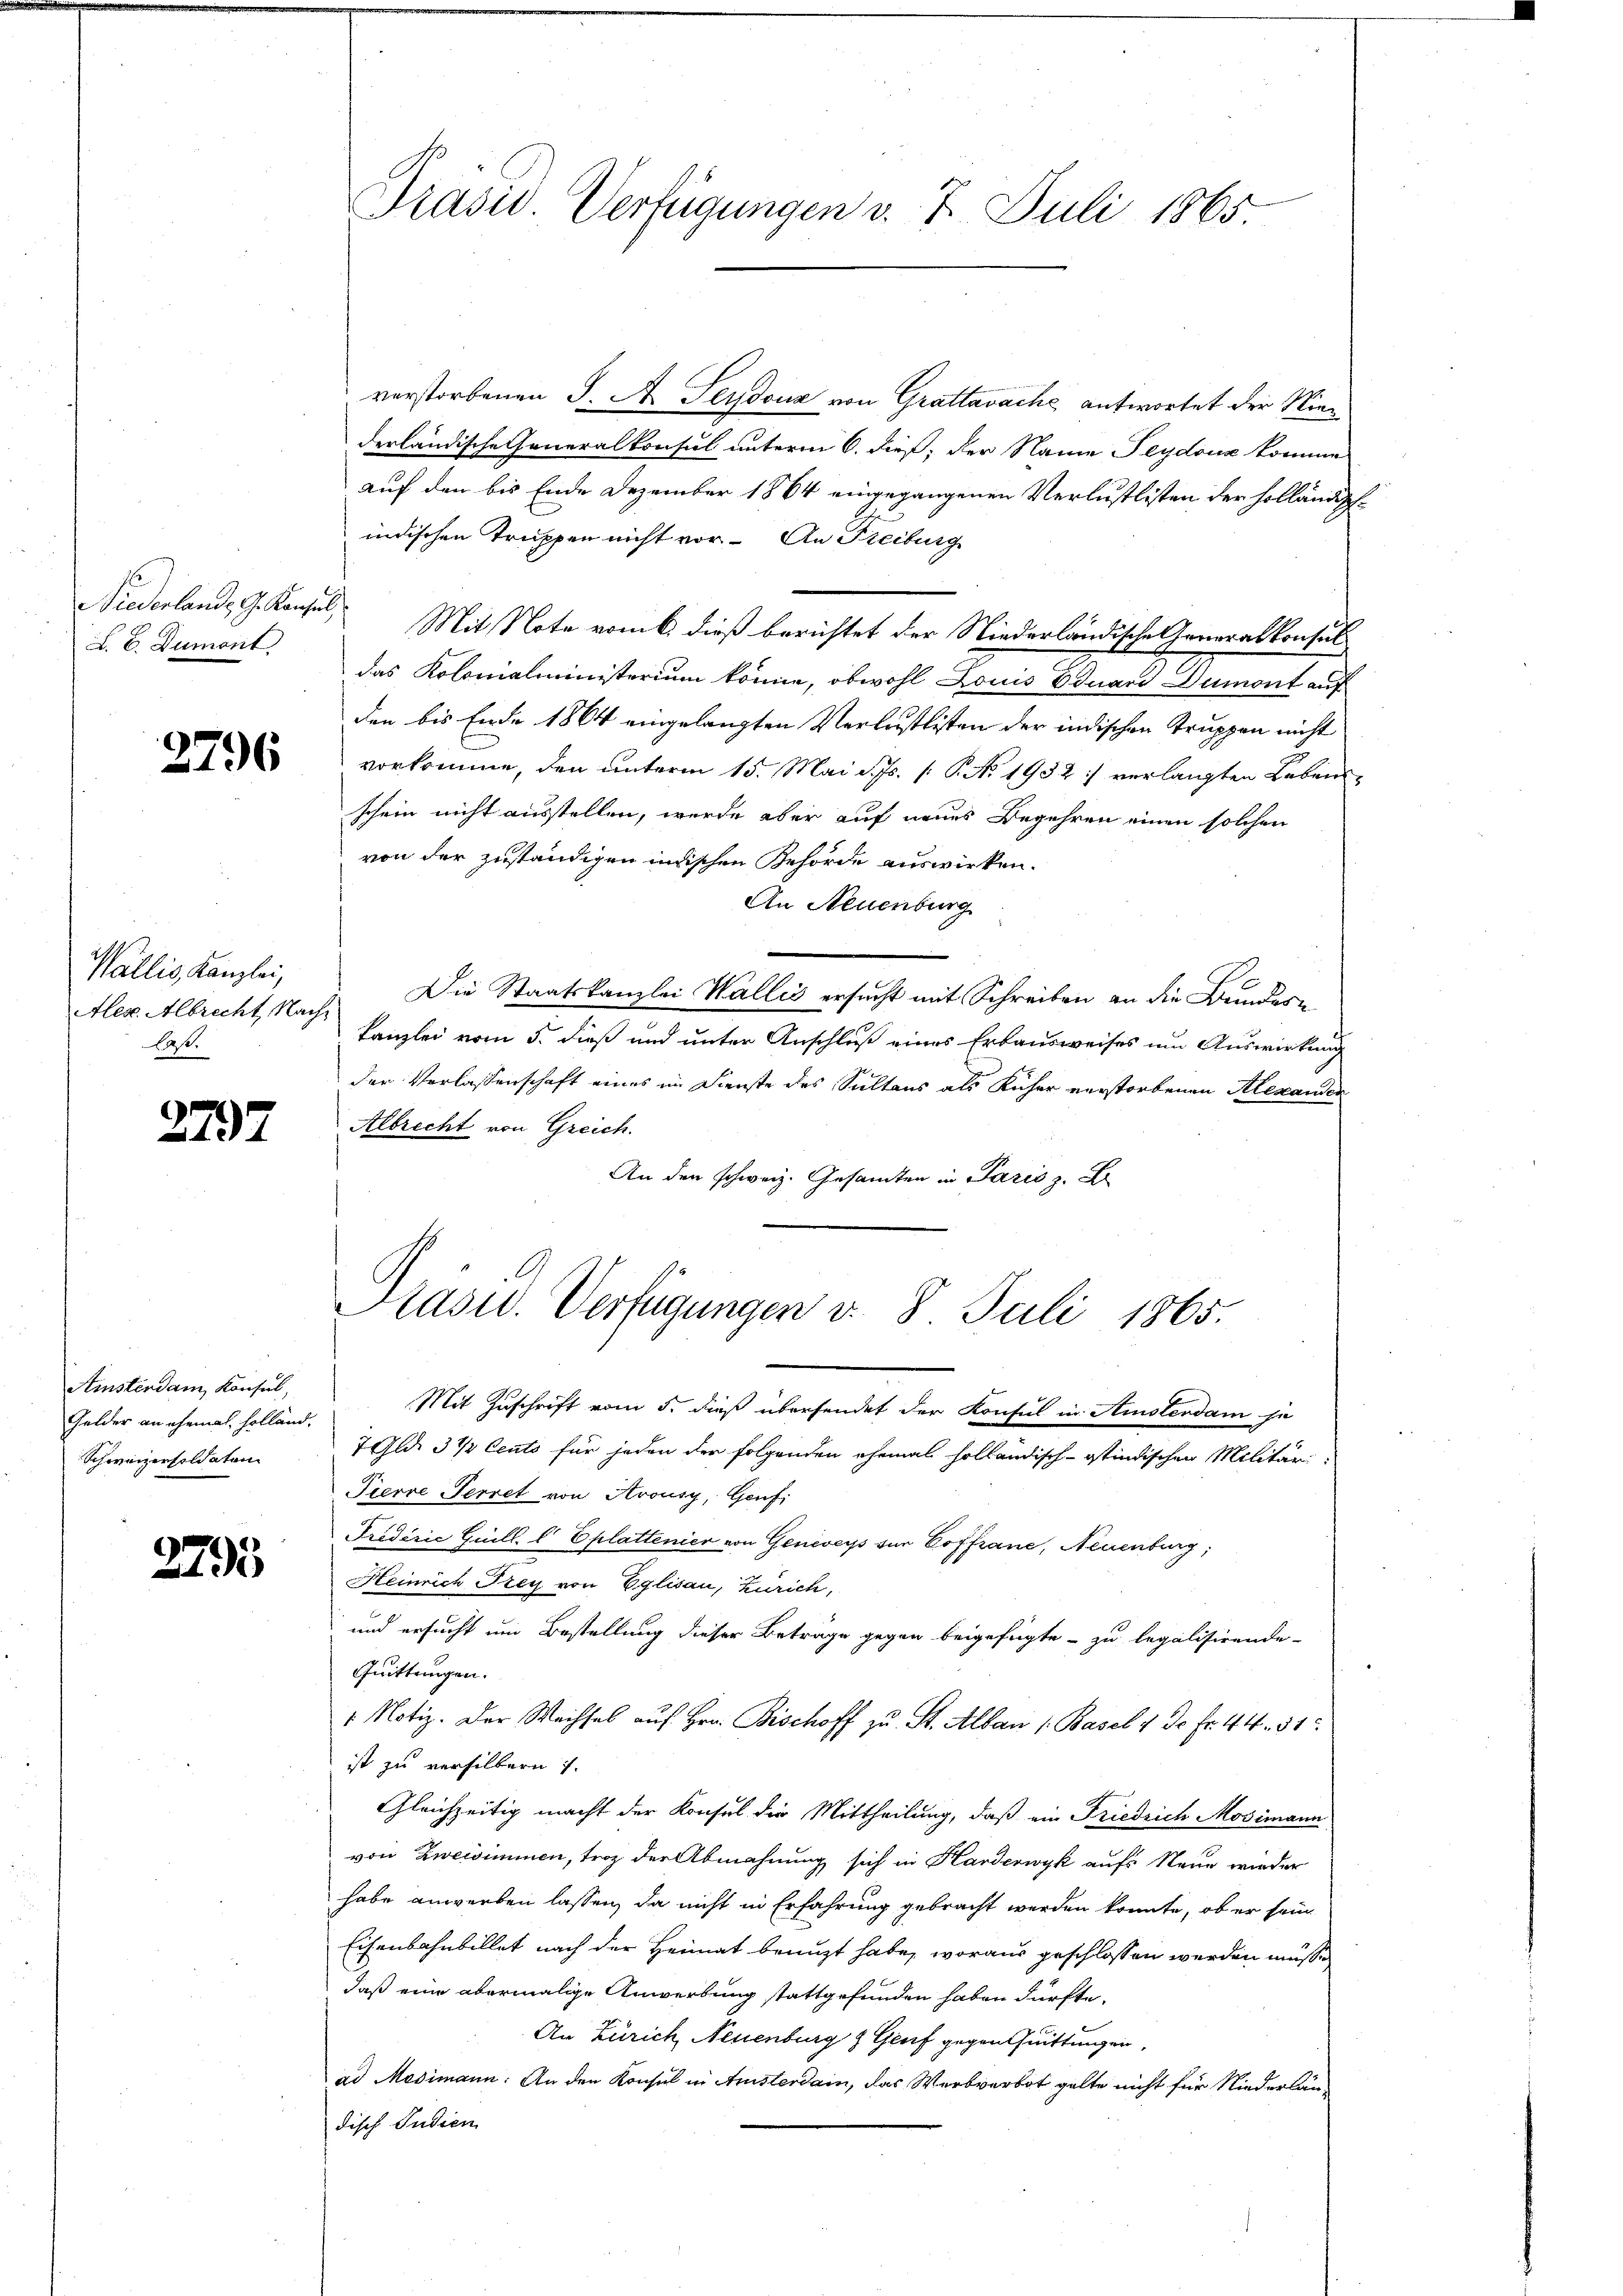
Niederlande G. Konsel
L. B. Dumont.

2796

Wallis, Kanzlei,
Aler. Albrecht, Nachlas.

2797

Amsterdam Konsul,
Gelder an ehemal, holland,
Schweizersoldaten

2795

verstorbenen S. A. Leydouz von Grattavache antwortet der Niederländische Generalkonsul unterm 6. dieß, der Name Leydouz komme
auf den bis Ende Dezember 1864 eingegangenen Verlustlisten der Holländigindischen Truppen nicht vor. An Freiburg
Mit Note vom 6. dieß berichtet der Niederländische Generalkonsuldas Kolonialministerium könne, obwohl Louis Eduard Dumont auf
den bis Ende 1864 eingelangten Verlustlisten der indischen Truppen nicht
vorkomme, den unterm 15. Mai d. Js. 1. No. 1932 :/ verlangten Lebensschein nicht ausstellen, werde aber auf neues Begehren einen solchen
von der zuständigen indischen Gehörde auswirken.
An Neuenburg
Die Staatskanzlei Wallis ersucht mit Schreiben an die Bundeskanzlei vom 5. dieß und unter Anschluß eines Erbausweises um Auswirkung
der Verlassenschaft eines im Dienste des Sultans als Kücher verstorbenen Alexander
Albrecht von Greich.
An den schweiz. Gesamten in Paris z. B
Präsid. Verfügungen d. 8. Juli 1865.
Mit Zuschrift vom 5. dieß übersendet der Konsul in Amsterdam sie
7 Gld. 3 ½ Cento für jeden der folgenden ehemals holländisch-Ostindischen Militär
Pierre Terret von Avousy, Genfi
Fredérić Gull. C Eplattenier von Genever von Coffrane, Neuenburg,
Heinrich Frey von Eglisau, Zürich,
und ersucht um Bestellung dieser Betrage gegen beigefügte - zu legalisirende
Quittungen.
1 Notiz. Der Wachsel auf Hrn. Bischoff zu St. Alban 1. Basel v. de fr. 44. 81
ist zu versilbern u.
Gleichzeitig macht der Konsul die Mittheilung, daß ein Friedrich Mosimann
von Zweisimmen, troz der Abmahnung sich in Harderwyk aufs Neue wieder
habe anwerben lassen, da nicht in Erfahrung gebracht werden konnte, ob er sein
Eisenbahnbillet nach der Heimat benuzt habe, woraus geschlossen werden müsse,
daß eine abermalige Anwerbung stattgefunden haben dürfte.
An Zürich, Neuenburg & Genf gegenthuittungen,
ad Medimann: An den Konsul in Ansterdain, das Werbverbot gelte nicht für Niederlän-
disch Pudien

Prasis Verfügungen v. 7. Juli 1865